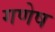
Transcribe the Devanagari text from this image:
गणेष